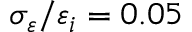
\sigma _ { \varepsilon } / \varepsilon _ { i } = 0 . 0 5